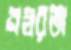
নশ্বরতা